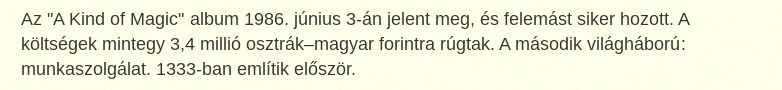
Az "A Kind of Magic" album 1986. június 3-án jelent meg, és felemást siker hozott. A költségek mintegy 3,4 millió osztrák–magyar forintra rúgtak. A második világháború: munkaszolgálat. 1333-ban említik először.